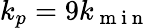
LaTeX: {{k}_{p}}=9{{k}_{\mathrm{~m~i~n~}}}